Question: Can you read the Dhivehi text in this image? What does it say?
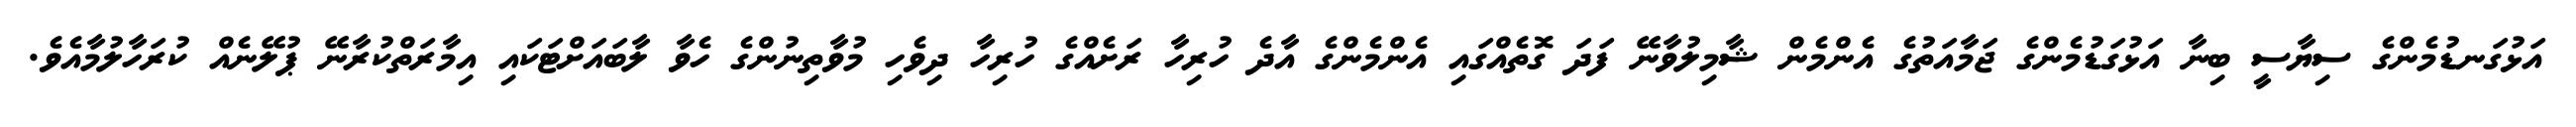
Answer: އަޅުގަނޑުމެންގެ ސިޔާސީ ބިނާ އަޅުގަޑުމެންގެ ޖަމާއަތުގެ އެންމެން ޝާމިލުވާނޭ ފަދަ ގޮތެއްގައި އެންމެންގެ އާދެ ހުރިހާ ރަށެއްގެ ހުރިހާ ދިވެހި މުވާތިނުންގެ ހެވާ ލާބައަށްޓަކައި އިމާރަތްކުރާނޭ ޕުލޭނެއް ކުރަހާލުމާއެވެ.